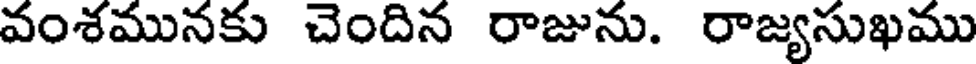
వంశమునకు చెందిన రాజును. రాజ్యసుఖము